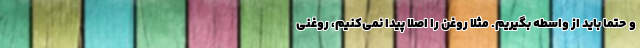
و حتما باید از واسطه بگیریم. مثلا روغن را اصلا پیدا نمی‌کنیم، روغنی